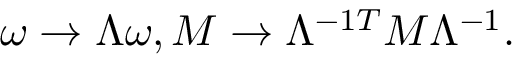
\omega \rightarrow \Lambda \omega , { \cal M } \rightarrow \Lambda ^ { - 1 T } { \cal M } \Lambda ^ { - 1 } .